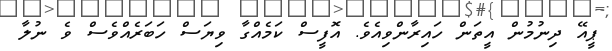
ޕީއޭ ދިނުމުން އީތަން ހައިރާންވިއެވެ. އޮފީސް ކަމެއްގާ ވިޔަސް ހަބަރެއްވެސް ވެ ނުލާ